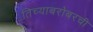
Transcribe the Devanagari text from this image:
तिच्याबरोबरची